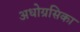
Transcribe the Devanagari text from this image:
अधोग्रसिका